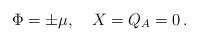
\begin{align*}\Phi = \pm \mu,~~~X=Q_A=0\, .\end{align*}